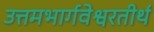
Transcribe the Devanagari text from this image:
उत्तमभार्गवेश्वरतीर्थ